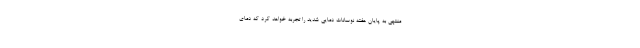
منتهی به پایان هفته نوسانات دمایی شدید را تجربه خواهد کرد که دمای